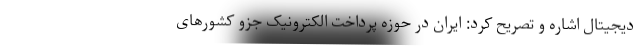
دیجیتال اشاره و تصریح کرد: ایران در حوزه پرداخت الکترونیک جزو کشورهای